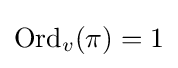
{\text{Ord}}_{v}(\pi )=1